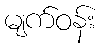
မျက်ဝန်း